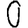
Digit: 0